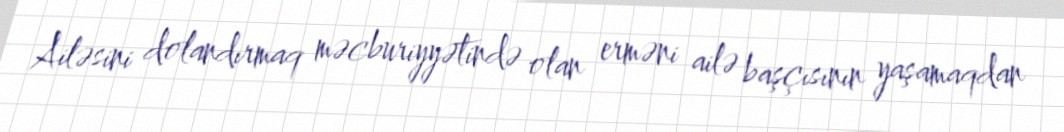
Ailəsini dolandırmaq məcburiyyətində olan erməni ailə başçısının yaşamaqdan